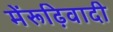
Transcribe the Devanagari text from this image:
मेंरूढ़िवादी